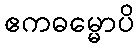
ဧကဓမ္မောပိ